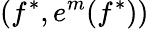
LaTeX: (f^{*},e^{m}(f^{*}))